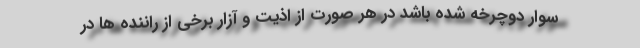
سوار دوچرخه شده باشد در هر صورت از اذیت و آزار برخی از راننده ها در